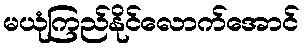
မယုံကြည်နိုင်လောက်အောင်